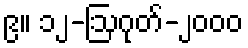
၉။ ၁၂-ဩဂုတ်-၂၀၀၀